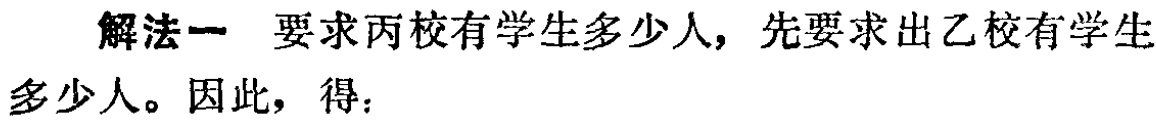
解法一 要求丙校有学生多少人，先要求出乙校有学生多少人。因此，得：